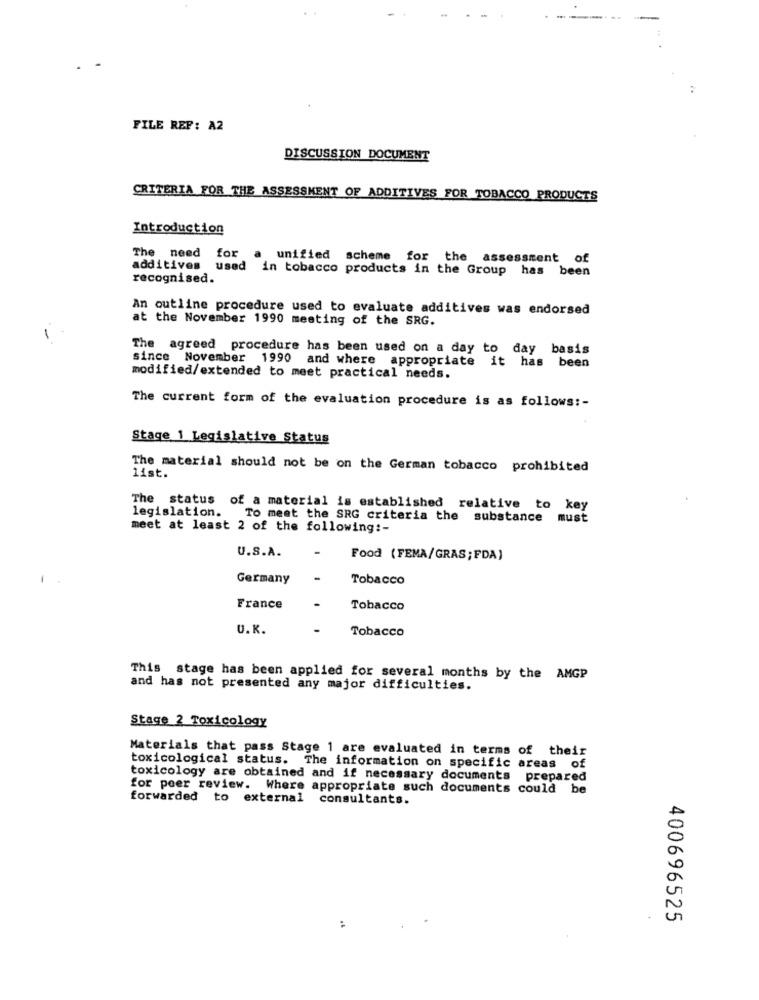
:
FILE REF: A2
DISCUSSION DOCUMENT
CRITERIA FOR THE ASSESSMENT OF ADDITIVES FOR TOBACCO PRODUCTS
Introduction
The need
for
unified scheme for the assessment of
additives used in tobacco products in the Group has been
recognised.
An outline procedure used to evaluate additives was endorsed
at the November 1990 meeting of the SRG.
The agreed procedure has been used on a day to day basis
since November 1990 and where appropriate it has been
modified/extended to meet practical needs.
The current form of the evaluation procedure is as follows :-
Stage 1 Legislative Status
The material should not be on the German tobacco prohibited
list.
The status of a material is established relative to key
legislation.
To meet the SRG criteria the substance must
meet at least 2 of the following :-
U.S.A.
Food (FEMA/GRAS; FDA)
Germany
-
Tobacco
France
Tobacco
U.K.
Tobacco
This stage has been applied for several months by the AMGP
and has not presented any major difficulties.
Stage 2 Toxicology
Materials that pass Stage 1 are evaluated in terms of their
toxicological status. The information on specific areas of
toxicology are obtained and if necessary documents prepared
for peer review. Where appropriate such documents could be
forwarded to external consultants.
:
400696525